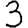
Digit: 3